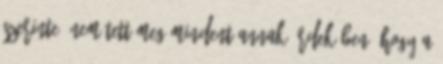
szerinte „nem tett meg mindent annak érdekében, hogy a